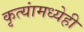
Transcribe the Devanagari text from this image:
कृत्यांमध्येही